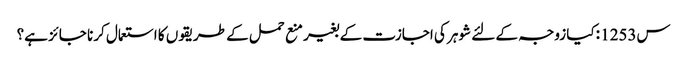
س1253 :کیا زوجہ کے لئے شوہر کی اجازت کے بغیر منع حمل کے طریقوں کا استعمال کرنا جائز ہے؟